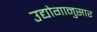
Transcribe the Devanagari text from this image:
उद्योगानुसार